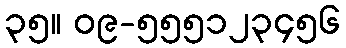
၃၅။ ၀၉-၅၅၅၁၂၃၄၅၆